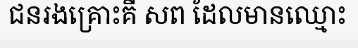
ជនរងគ្រោះគឺ សព ដែលមានឈ្មោះ